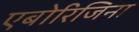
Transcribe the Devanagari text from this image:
एबोरिजिना